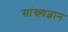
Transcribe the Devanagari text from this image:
सांख्यज्ञान